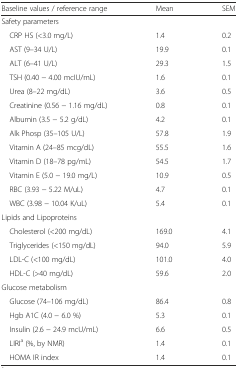
<table><thead><tr><td><b>Baseline values / reference range</b></td><td><b>Mean</b></td><td><b>SEM</b></td></tr></thead><tbody><tr><td>Safety parameters</td><td></td><td></td></tr><tr><td> CRP HS (&lt;3.0 mg/L)</td><td>1.4</td><td>0.2</td></tr><tr><td> AST (9–34 U/L)</td><td>19.9</td><td>0.1</td></tr><tr><td> ALT (6–41 U/L)</td><td>29.3</td><td>1.5</td></tr><tr><td> TSH (0.40 − 4.00 mcIU/mL)</td><td>1.6</td><td>0.1</td></tr><tr><td> Urea (8–22 mg/dL)</td><td>3.6</td><td>0.5</td></tr><tr><td> Creatinine (0.56 − 1.16 mg/dL)</td><td>0.8</td><td>0.1</td></tr><tr><td> Albumin (3.5 − 5.2 g/dL)</td><td>4.2</td><td>0.1</td></tr><tr><td> Alk Phosp (35–105 U/L)</td><td>57.8</td><td>1.9</td></tr><tr><td> Vitamin A (24–85 mcg/dL)</td><td>55.5</td><td>1.6</td></tr><tr><td> Vitamin D (18–78 pg/mL)</td><td>54.5</td><td>1.7</td></tr><tr><td> Vitamin E (5.0 − 19.0 mg/L)</td><td>10.9</td><td>0.5</td></tr><tr><td> RBC (3.93 − 5.22 M/uL)</td><td>4.7</td><td>0.1</td></tr><tr><td> WBC (3.98 − 10.04 K/uL)</td><td>5.4</td><td>0.1</td></tr><tr><td>Lipids and Lipoproteins</td><td></td><td></td></tr><tr><td> Cholesterol (&lt;200 mg/dL)</td><td>169.0</td><td>4.1</td></tr><tr><td> Triglycerides (&lt;150 mg/dL)</td><td>94.0</td><td>5.9</td></tr><tr><td> LDL-C (&lt;100 mg/dL)</td><td>101.0</td><td>4.0</td></tr><tr><td> HDL-C (&gt;40 mg/dL)</td><td>59.6</td><td>2.0</td></tr><tr><td>Glucose metabolism</td><td></td><td></td></tr><tr><td> Glucose (74–106 mg/dL)</td><td>86.4</td><td>0.8</td></tr><tr><td> Hgb A1C (4.0 − 6.0 %)</td><td>5.3</td><td>0.1</td></tr><tr><td> Insulin (2.6 − 24.9 mcU/mL)</td><td>6.6</td><td>0.5</td></tr><tr><td> LIRI<sup>a</sup> (%, by NMR)</td><td>1.4</td><td>0.1</td></tr><tr><td> HOMA IR index</td><td>1.4</td><td>0.1</td></tr></tbody></table>